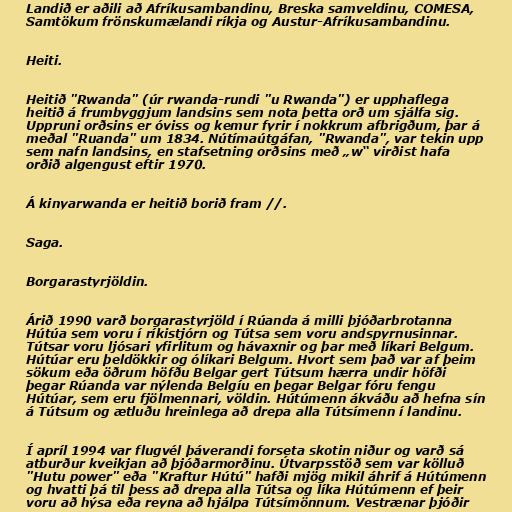
Landið er aðili að Afríkusambandinu, Breska samveldinu, COMESA,
Samtökum frönskumælandi ríkja og Austur-Afríkusambandinu.

Heiti.

Heitið "Rwanda" (úr rwanda-rundi "u Rwanda") er upphaflega
heitið á frumbyggjum landsins sem nota þetta orð um sjálfa sig.
Uppruni orðsins er óviss og kemur fyrir í nokkrum afbrigðum, þar á
meðal "Ruanda" um 1834. Nútímaútgáfan, "Rwanda", var tekin upp
sem nafn landsins, en stafsetning orðsins með „w“ virðist hafa
orðið algengust eftir 1970.

Á kinyarwanda er heitið borið fram //.

Saga.

Borgarastyrjöldin.

Árið 1990 varð borgarastyrjöld í Rúanda á milli þjóðarbrotanna
Hútúa sem voru í ríkistjórn og Tútsa sem voru andspyrnusinnar.
Tútsar voru ljósari yfirlitum og hávaxnir og þar með líkari Belgum.
Hútúar eru þeldökkir og ólíkari Belgum. Hvort sem það var af þeim
sökum eða öðrum höfðu Belgar gert Tútsum hærra undir höfði
þegar Rúanda var nýlenda Belgíu en þegar Belgar fóru fengu
Hútúar, sem eru fjölmennari, völdin. Hútúmenn ákváðu að hefna sín
á Tútsum og ætluðu hreinlega að drepa alla Tútsímenn í landinu.

Í apríl 1994 var flugvél þáverandi forseta skotin niður og varð sá
atburður kveikjan að þjóðarmorðinu. Útvarpsstöð sem var kölluð
"Hutu power" eða "Kraftur Hútú" hafði mjög mikil áhrif á Hútúmenn
og hvatti þá til þess að drepa alla Tútsa og líka Hútúmenn ef þeir
voru að hýsa eða reyna að hjálpa Tútsímönnum. Vestrænar þjóðir